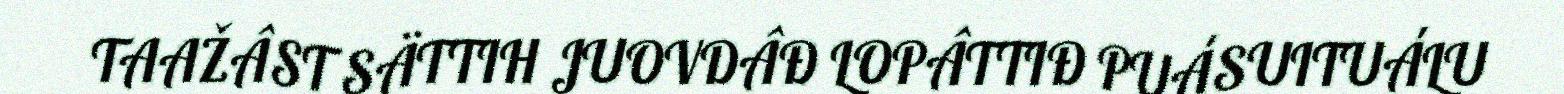
TAAŽÂST SÄTTIH JUOVDÂĐ LOPÂTTIĐ PUÁSUITUÁLU